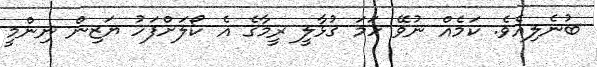
ބުނެލިއެވެ. ކަމެއް ނުވޭ ހަމަ ގުޅާލީ ރީމާގެ އެ ކޯލަށްފަހު ޔަޒިން ނިންމީ